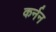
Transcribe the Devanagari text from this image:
कर्नन